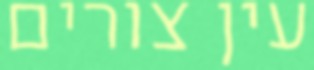
עין צורים